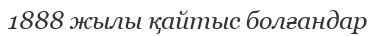
1888 жылы қайтыс болғандар